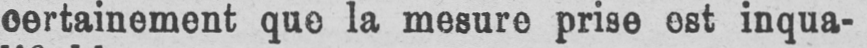
certainement que la mesure prise est inqua-